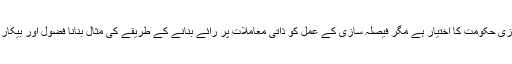
فیصلہ سازی حکومت کا اختیار ہے مگر فیصلہ سازی کے عمل کو ذاتی معاملات پر رائے بنانے کے طریقے کی مثال بنانا فضول اور بیکار انداز ہے۔